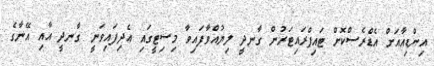
އިންޑިއާއަށް އެޑްރެސްކޮށް ޓައިޕްރައިޓަރުން ގާނދީ ލިޔުއްވާފައިވާ މިސިޓީގައި އެދިފައިވަނީ ގާނދީ އާއި އޭނާގެ